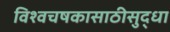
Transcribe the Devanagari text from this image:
विश्वचषकासाठीसुद्धा